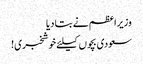
وزیراعظم نے بتا دیا
سعودی بچوں کیلئے خوشخبری!